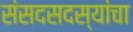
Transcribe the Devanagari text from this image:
संसदसदस्यांचा